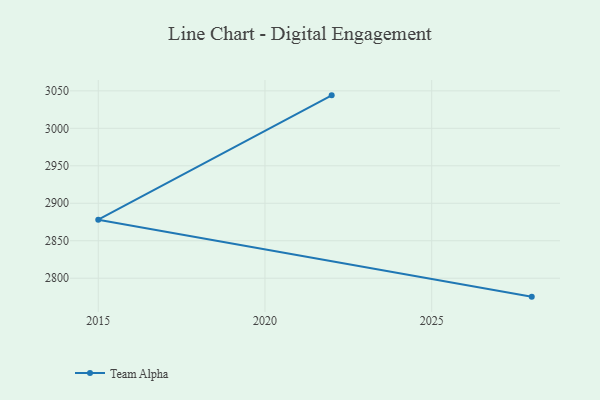
{"axis": {"x": "Year", "y": "Customer Acquisition Cost (USD)"}, "legend": ["Team Alpha"], "data": [{"x": "2022", "y": 3044.0, "type": "Team Alpha"}, {"x": "2015", "y": 2878.1, "type": "Team Alpha"}, {"x": "2028", "y": 2775.4, "type": "Team Alpha"}]}